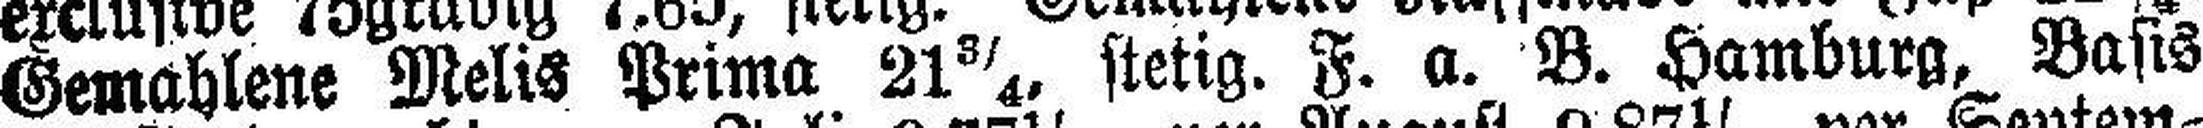
Gemahlene Melis Prima 21¾, stetig. F. a. B. Hamburg, Basis